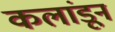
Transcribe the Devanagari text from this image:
कलांडून